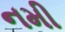
નમી